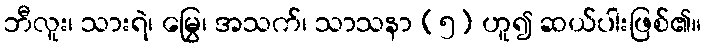
ဘီလူး၊ သားရဲ၊ မြွေ၊ အသက်၊ သာသနာ (၅) ဟူ၍ ဆယ်ပါးဖြစ်၏။